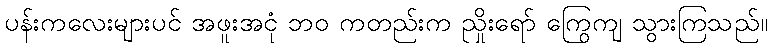
ပန်းကလေးများပင် အဖူးအငုံ ဘဝ ကတည်းက ညှိုးရော် ကြွေကျ သွားကြသည်။